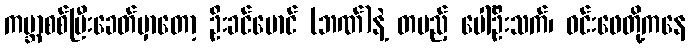
ကမ္ဘာစစ်ပြီးခေတ်မှာတော့ ဦးခင်မောင် (ဘဏ်)နဲ့ တပည့် ပေါ်ဦးသက်၊ ဝင်းဖေတို့ကနေ